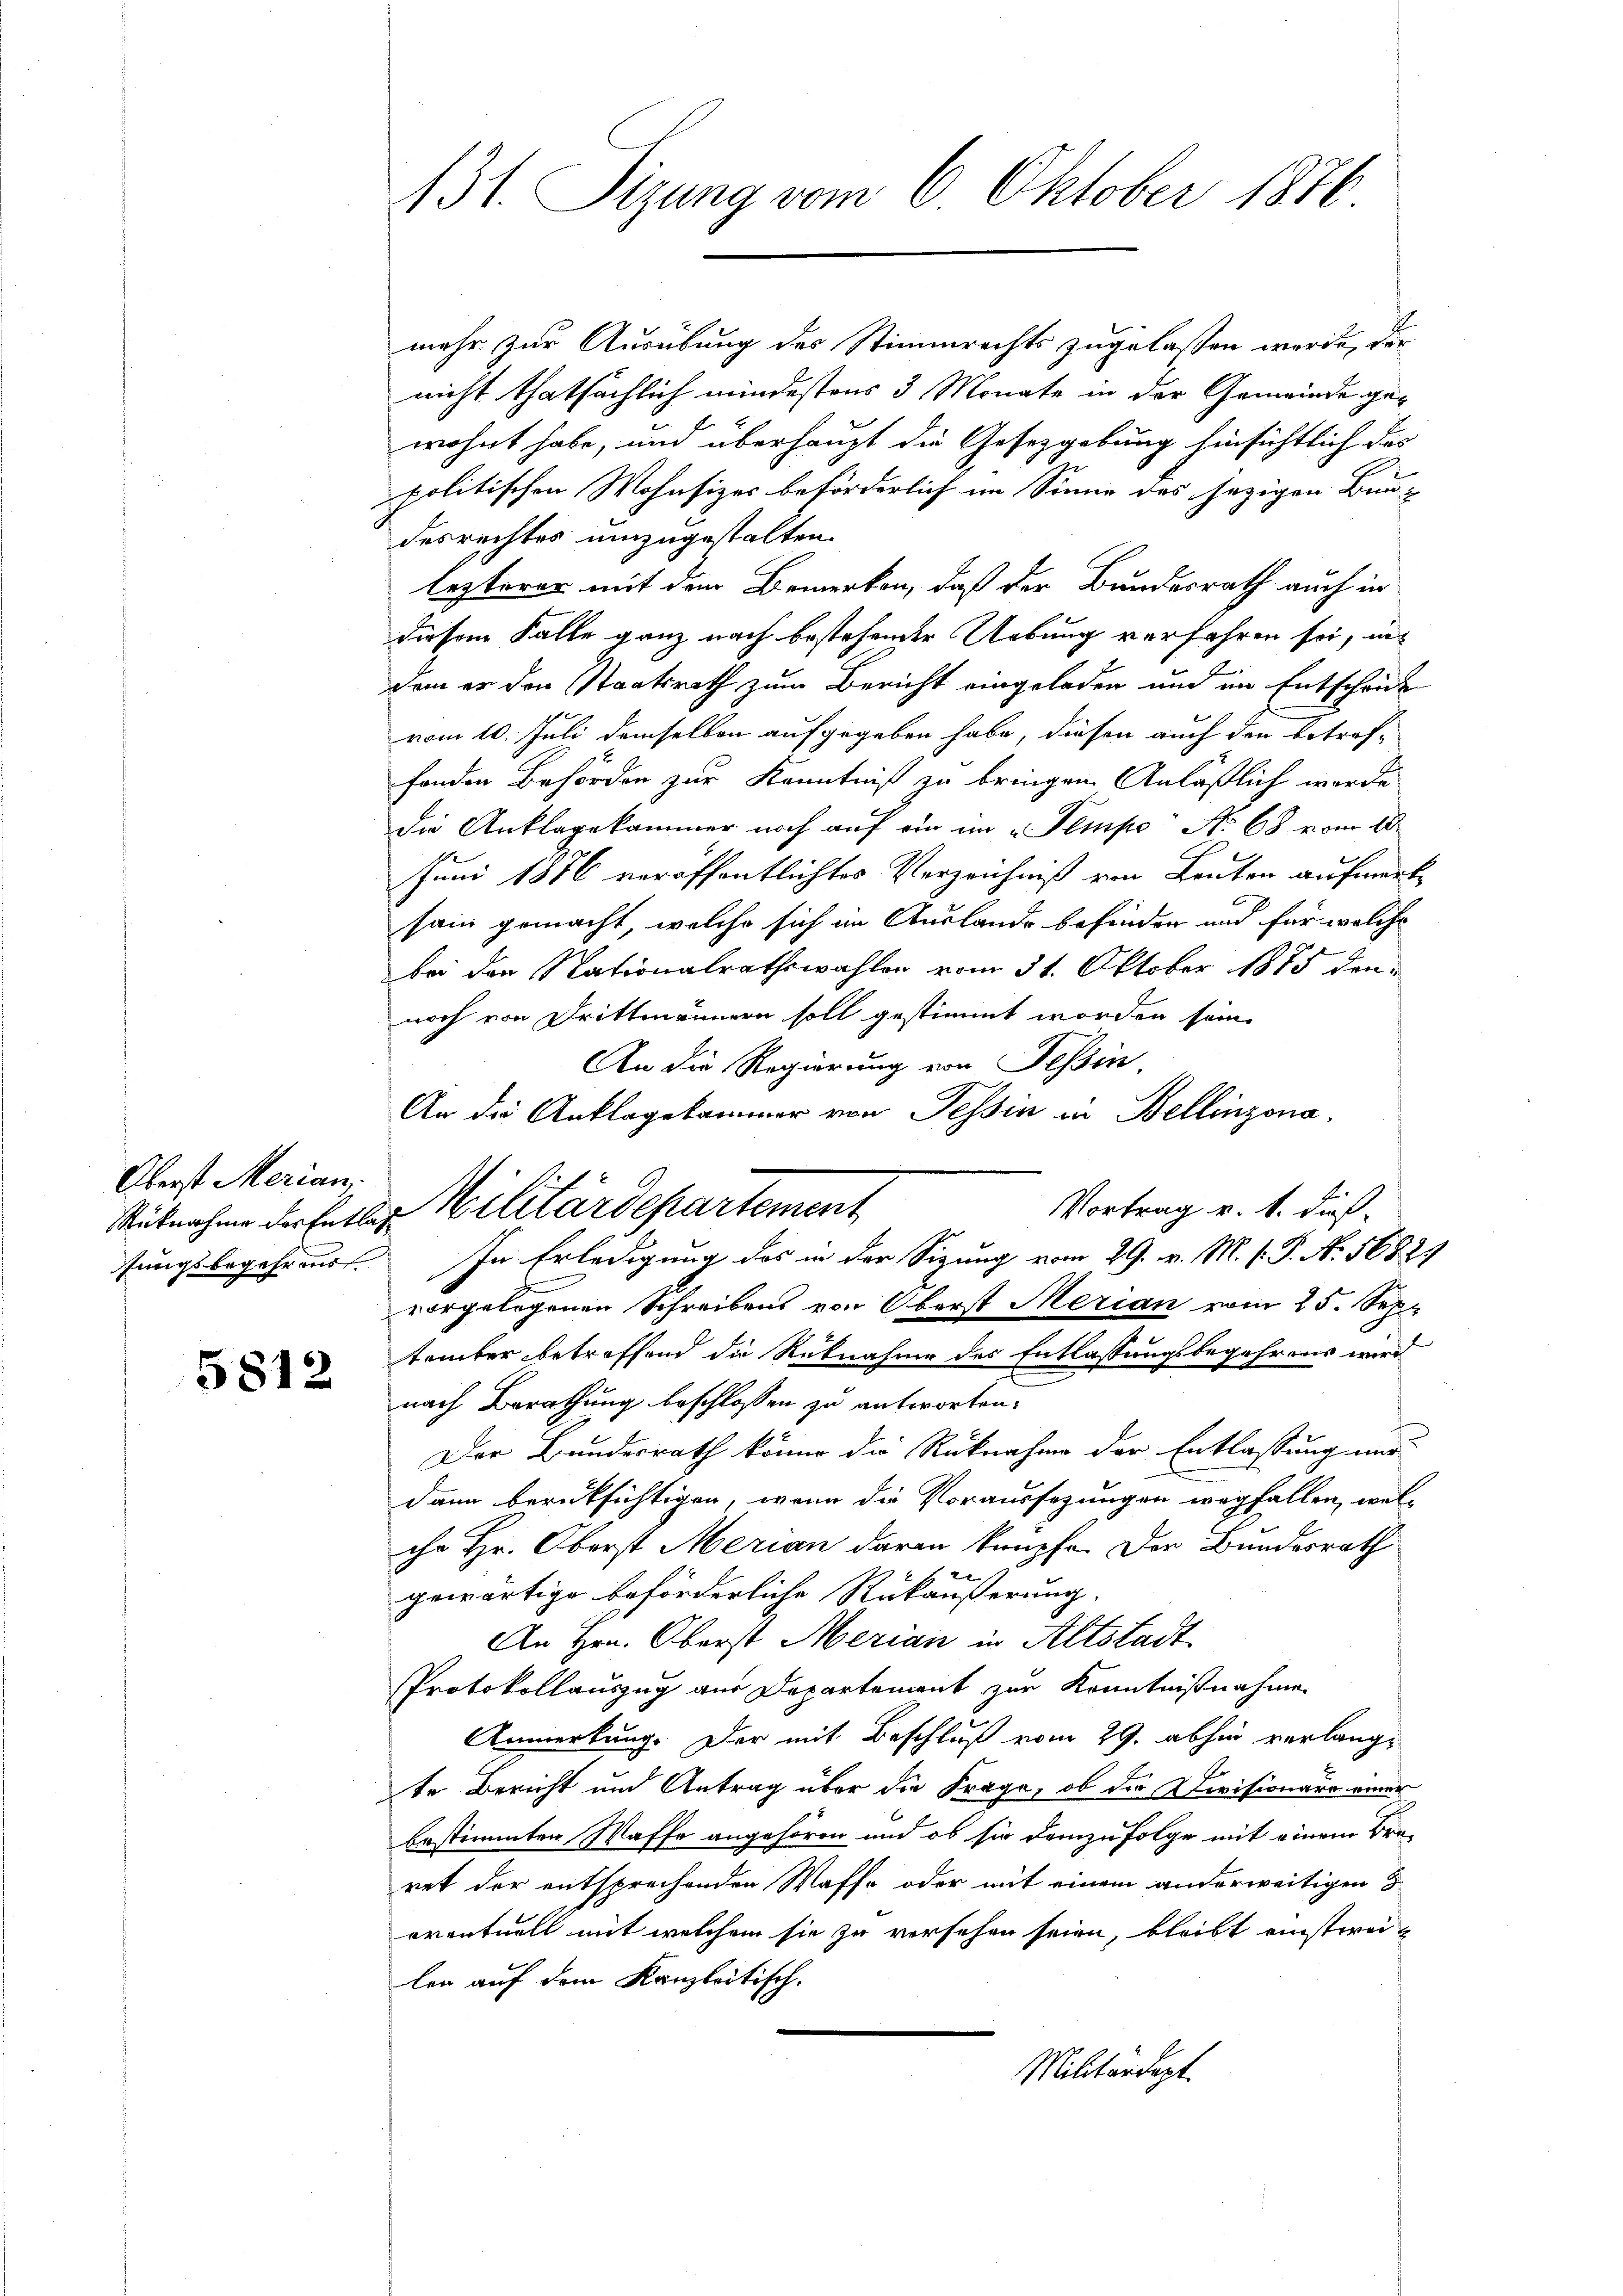
Oberst Merian.
fungsbegehrens

5812

131. Sizung vom 6 Oktober 1876.

mehr zur Ausübung des Stimmrechts zugelassen werde, der
nicht thatsächlich mindestens 3 Monate in der Gemeinde gewohnt habe, und überhaupt die Gesetzgebung hinsichtlich das
politischen Wohnsizes beförderlich im Sinne des jezigen Bun- |
desrechtes umzugestalten.
lezterer mit dem Bemerken, daß der Bundesrath auch in
diesem Falle ganz nach bestehender Uebung verfahren sei, uns
dem er den Staatsrath zum Bericht eingeladen und im Entschrit
vom 10. Juli demselben aufgegeben habe, diesen auch den betreffenden Behörden zur Kenntniß zu bringen. Anläßlich werde
die Anklagekammer noch auf ein im „Tempo No 68 vom 10.
Juni 1876 veröffentlichtes Verzeichniß von Kanton aufmerk
sain gemacht, welche sich im Auslande befinden und für welche
bei den Nationalrathswahlen vom 31. Oktober 1885 dennoch von Drittmännern soll gestimmt worden sein.
An die Regierung von Tessin,
An die Anklagekammer von Tessin in Bellinzona.
Vortrag v. 1. dieß
In Erledigung des in der Sizung vom 29. v. M. v. P. Nr. 5682.
e
vorgelegenen Schreibens von Oberst Merian vom 25. Sept
tember betreffend die Rücknahme des Entlassungsbegehrens wird
nach Berathung beschlossen zu antworten.
Der Bundesrath könne die Rücknahme der Entlassung nur
dann berüksichtigen, wenn die Voraussezungen wegfallen, wel-
ihr Hr. Oberst Merian daran knüpfe. Der Bundesrath
l
gewärtige beförderliche Rükäußerung.
An Hrn. Oberst Merian in Altstadt
Protokollauszug aus Departement zur Kenntnißnahme
Anmerkung. Der mit Beschluß vom 29. abhin verlangte Bericht und Antrag über die Frage, ob die Divisionäre einer
bestimmten Waffe angehören und ob sie demzufolge mit einem Bra-
ret der entsprechenden Waffe oder mit einem anderweitigen S
eventuell mit welchem sie zu versehen seien, bleibt einstweilen auf dem Kanzleitisch-
Militärdept.

Rücknahme der Entler Militärdepartement